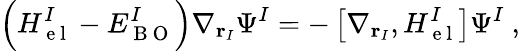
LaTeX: \Big(H_{\mathrm{~e~l~}}^{I}-E_{\mathrm{~B~O~}}^{I}\Big)\nabla_{\textbf{r}_{I}}\Psi^{I}=-\left[\nabla_{\textbf{r}_{I}},H_{\mathrm{~e~l~}}^{I}\right]\Psi^{I}\ ,